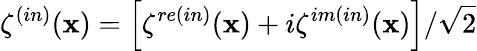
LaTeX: \mathbf{\zeta}^{(in)}(\mathbf{x})=\left[\mathbf{\zeta}^{re(in)}(\mathbf{x})+i\mathbf{\zeta}^{im(in)}(\mathbf{x})\right]/\sqrt{2}